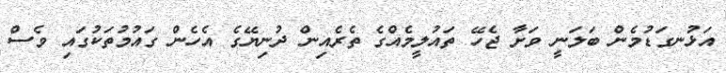
އަޅުނގަޑުމެން ބަލަނީ ވަށާ ޖެހޭ ތައުލީމެއްގެ ތެރެއިން ދުނިޔޭގެ އެހެން ގައުމުތަކުގައި ވެސް